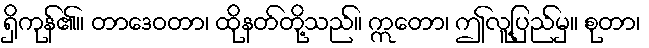
ရှိကုန်၏။ တာဒေဝတာ၊ ထိုနတ်တို့သည်။ ဣတော၊ ဤလူ့ပြည်မှ။ စုတာ၊